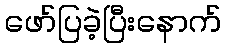
ဖော်ပြခဲ့ပြီးနောက်